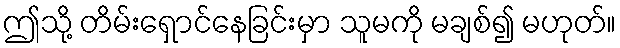
ဤသို့ တိမ်းရှောင်နေခြင်းမှာ သူမကို မချစ်၍ မဟုတ်။